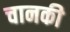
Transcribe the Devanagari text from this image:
चानकी